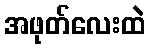
အဖုတ်လေးထဲ